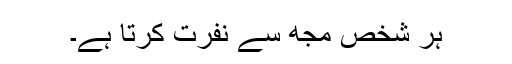
ہر شخص مجھ سے نفرت کرتا ہے۔